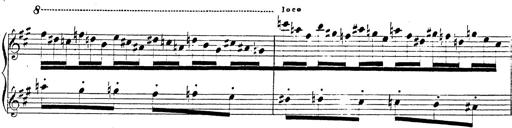
Title: Chanson bohÃ©mienne
Composer: Franz Liszt